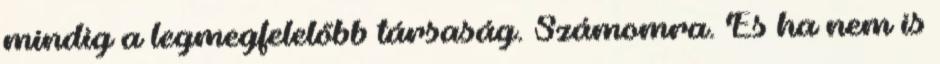
mindig a legmegfelelőbb társaság. Számomra. És ha nem is